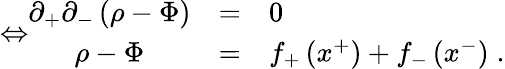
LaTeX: \Leftrightarrow\begin{array}{ccl}{{\partial_{+}\partial_{-}\left(\rho-\Phi\right)}}&{{=}}&{{0}}\\ {{\rho-\Phi}}&{{=}}&{{f_{+}\left(x^{+}\right)+f_{-}\left(x^{-}\right)\; .}}\end{array}